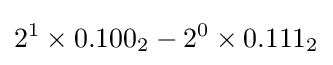
2^{1}\times 0.100_{2}-2^{0}\times 0.111_{2}